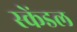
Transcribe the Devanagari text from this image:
स्केंडल